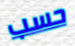
حسب